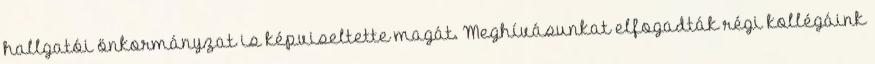
hallgatói önkormányzat is képviseltette magát. Meghívásunkat elfogadták régi kollégáink